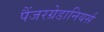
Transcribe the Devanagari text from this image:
पैंजरग्रेडानियर्स